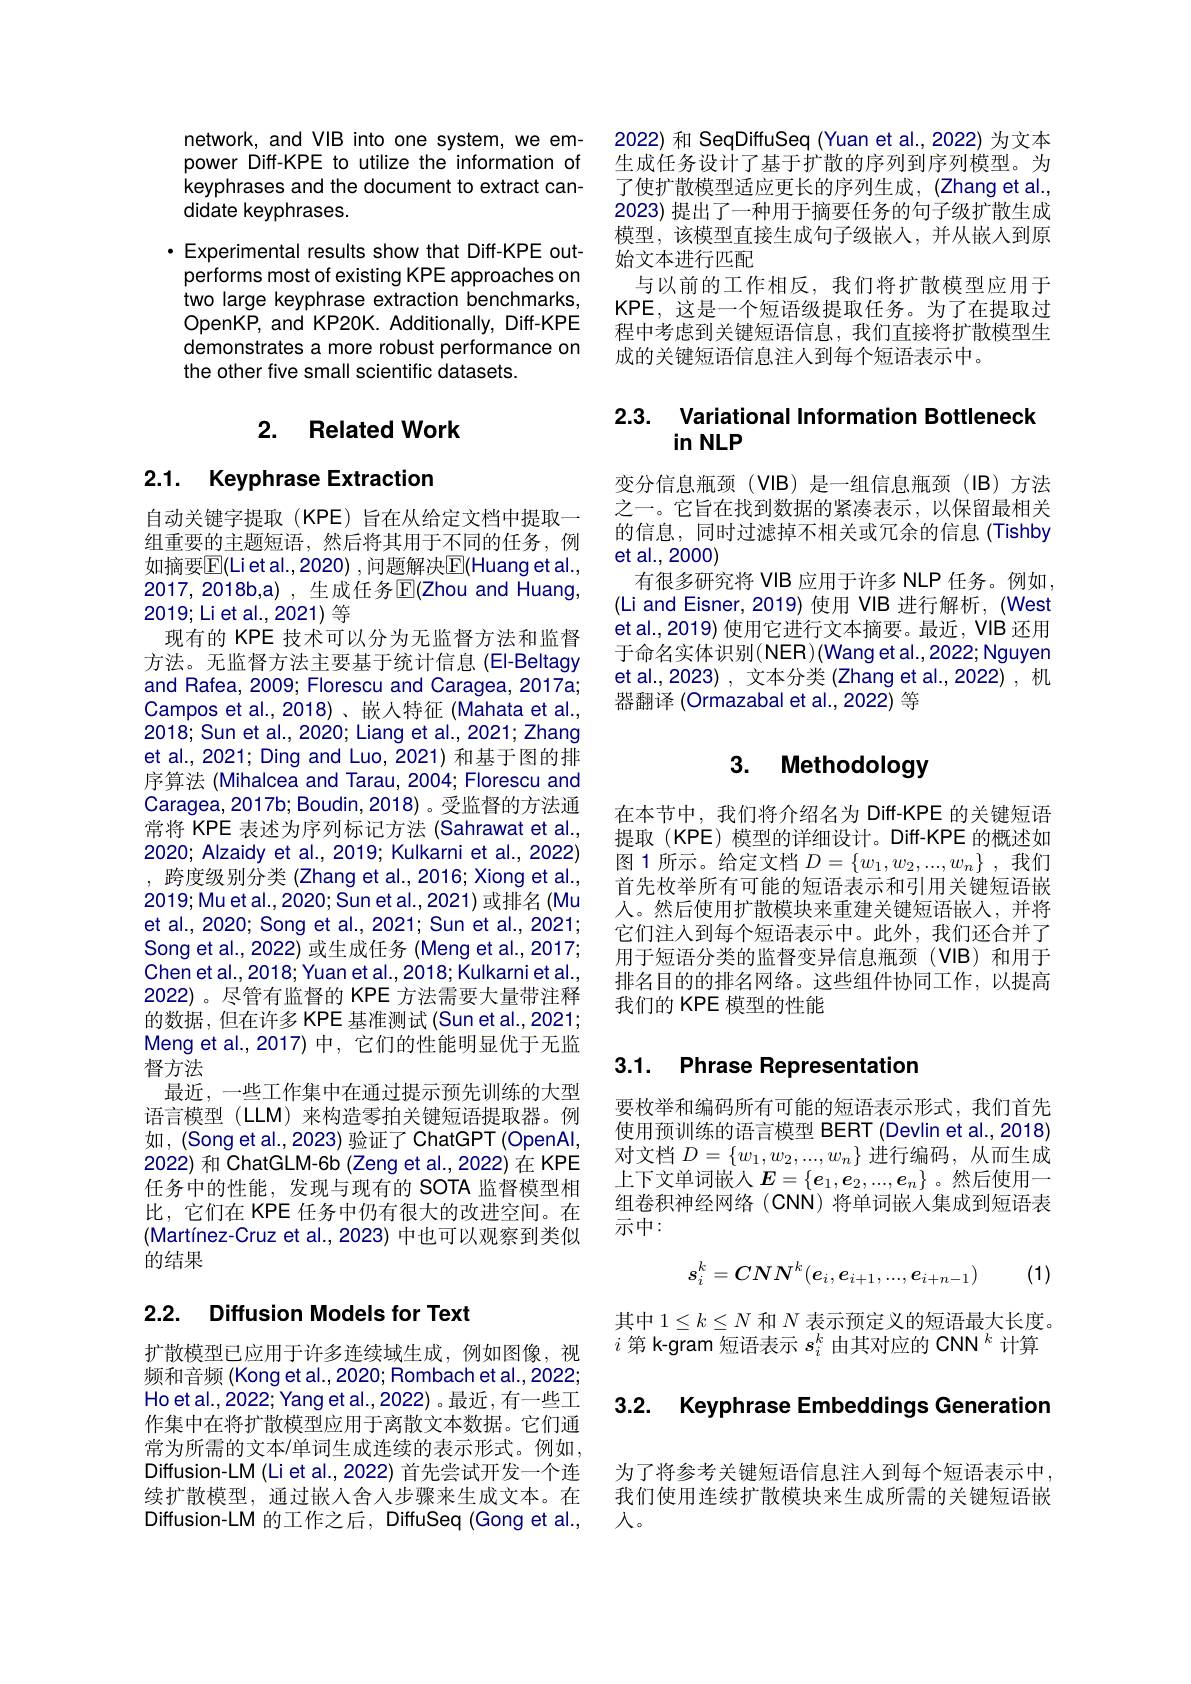
network, and VIB into one system, we empower Diff-KPE to utilize the information of keyphrases and the document to extract candidate keyphrases.
·Experimental results show that Diff-KPE outperforms most of existing KPE approaches on two large keyphrase extraction benchmarks, OpenKP, and KP20K. Additionally, Diff-KPE demonstrates a more robust performance on the other five small scientific datasets.

# 2. Related Work

# 2.1. Keyphrase Extraction

自动关键字提取(KPE)旨在从给定文档中提取一组重要的主题短语，然后将其用于不同的任务，例如摘要$\boxed{\mathrm{E}}($Liet al.,2020) ,问题解决$\boxed{\mathrm{F}}($Huang et al., 2017,2018b,a) ,生成任务$\mathbb{E}(\mathbb{Z}$hou and Huang, 2019;Liet al.,2021)等
现有的 KPE 技术可以分为无监督方法和监督方法。无监督方法主要基于统计信息(EI-Beltagy and Rafea, 2009; Florescu and Caragea, 2017a; Campos et al.,2018)、嵌人特征(Mahata et al., 2018; Sun et al., 2020; Liang et al., 2021; Zhang et al., 2021; Ding and Luo, 2021) 和基于图的排序算法 (Mihalcea and Tarau, 2004; Florescu and Caragea,2017b; Boudin, 2018) 。受监督的方法通常将 KPE 表述为序列标记方法 (Sahrawat et al., 2020; Alzaidy et al., 2019; Kulkarni et al., 2022) ,跨度级别分类 (Zhang et al.,2016; Xiong et al., 2019;Mu et al., 2020; Sun et al., 2021) 或排名 (Mu et al., 2020; Song et al., 2021; Sun et al., 2021; Song et al., 2022) 或生成任务 (Meng et al., 2017; Chen et al., 2018; Yuan et al., 2018; Kulkarni et al. , 2022)。尽管有监督的 KPE 方法需要大量带注释的数据，但在许多 KPE 基准测试 (Sun et al.,2021; Meng et al.,2017)中，它们的性能明显优于无监督方法
最近，一些工作集中在通过提示预先训练的大型语言模型 (LLM) 来构造零拍关键短语提取器。例如，(Song et al., 2023) 验证了 ChatGPT (OpenAl, 2022) 和 ChatGLM-6b (Zeng et al., 2022) 在 KPE 任务中的性能，发现与现有的 SOTA 监督模型相比，它们在 KPE 任务中仍有很大的改进空间。在(Martínez-Cruz et al.,2023) 中也可以观察到类似的结果

## 2.2. Diffusion Models for Text

扩散模型已应用于许多连续域生成，例如图像，视频和音频 (Kong et al., 2020; Rombach et al., 2022; Ho et al., 2022; Yang et al., 2022) 。最近 ,有一些工作集中在将扩散模型应用于离散文本数据。它们通常为所需的文本/单词生成连续的表示形式。例如， Diffusion-LM (Li et al., 2022) 首先尝试开发一个连续扩散模型，通过嵌人舍人步骤来生成文本。在Diffusion-LM 的工作之后，DiffuSeq (Gong et al.,

2022) 和 SeqDiffuSeq (Yuan et al.,2022) 为文本生成任务设计了基于扩散的序列到序列模型。为了使扩散模型适应更长的序列生成，(Zhang et al., 2023) 提出了一种用于摘要任务的句子级扩散生成模型，该模型直接生成句子级嵌入，并从嵌入到原始文本进行匹配
与以前的工作相反，我们将扩散模型应用于KPE, 这是一个短语级提取任务。为了在提取过程中考虑到关键短语信息，我们直接将扩散模型生成的关键短语信息注人到每个短语表示中。

# 2.3. Variational Information Bottleneck in NLP

变分信息瓶颈(VIB)是一组信息瓶颈(IB)方法之一。它旨在找到数据的紧凑表示，以保留最相关的信息，同时过滤掉不相关或冗余的信息 (Tishby et al., 2000)
有很多研究将 VIB 应用于许多 NLP 任务。例如， (Li and Eisner, 2019) 使用 VIB 进行解析，(West et al., 2019) 使用它进行文本摘要。最近，VIB 还用于命名实体识别(NER)(Wang et al.,2022; Nguyen et al.,2023) , 文本分类 (Zhang et al.,2022) ,机器翻译 (Ormazabal et al.,2022) 等

# 3. Methodology

在本节中，我们将介绍名为 Diff-KPE 的关键短语提取(KPE) 模型的详细设计。Diff-KPE 的概述如图1所示。给定文档$D=\{w_1,w_2,...,w_n\}$ ,我们首先枚举所有可能的短语表示和引用关键短语嵌人。然后使用扩散模块来重建关键短语嵌人，并将它们注人到每个短语表示中。此外，我们还合并了用于短语分类的监督变异信息瓶颈(VIB)和用于排名目的的排名网络。这些组件协同工作，以提高我们的 KPE 模型的性能

# 3.1. Phrase Representation

要枚举和编码所有可能的短语表示形式，我们首先使用预训练的语言模型 BERT (Devlin et al., 2018) 对文档$D=\{w_1,w_2,...,w_n\}$进行编码，从而生成上下文单词嵌入$E=\{e_1,e_2,...,e_n\}$ 。然后使用一组卷积神经网络(CNN)将单词嵌入集成到短语表$\overline{\text{示中}:}$

(1)
$$s_i^k=CNN^k(e_i,e_{i+1},...,e_{i+n-1})$$
其中$1\leq k\leq N$和$N$表示预定义的短语最大长度。$i$ 第 k- gram 短 语 表 示 $s_i^k$由其对应的 CNN $^k$计算

3.2. Keyphrase Embeddings Generatior

为了将参考关键短语信息注人到每个短语表示中， 我们使用连续扩散模块来生成所需的关键短语嵌人。